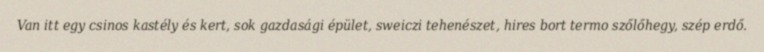
Van itt egy csinos kastély és kert, sok gazdasági épület, sweiczi tehenészet, hires bort termo szőlőhegy, szép erdő.